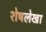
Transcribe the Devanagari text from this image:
शेषलेखा